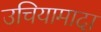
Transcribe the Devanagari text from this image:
उचियामादा